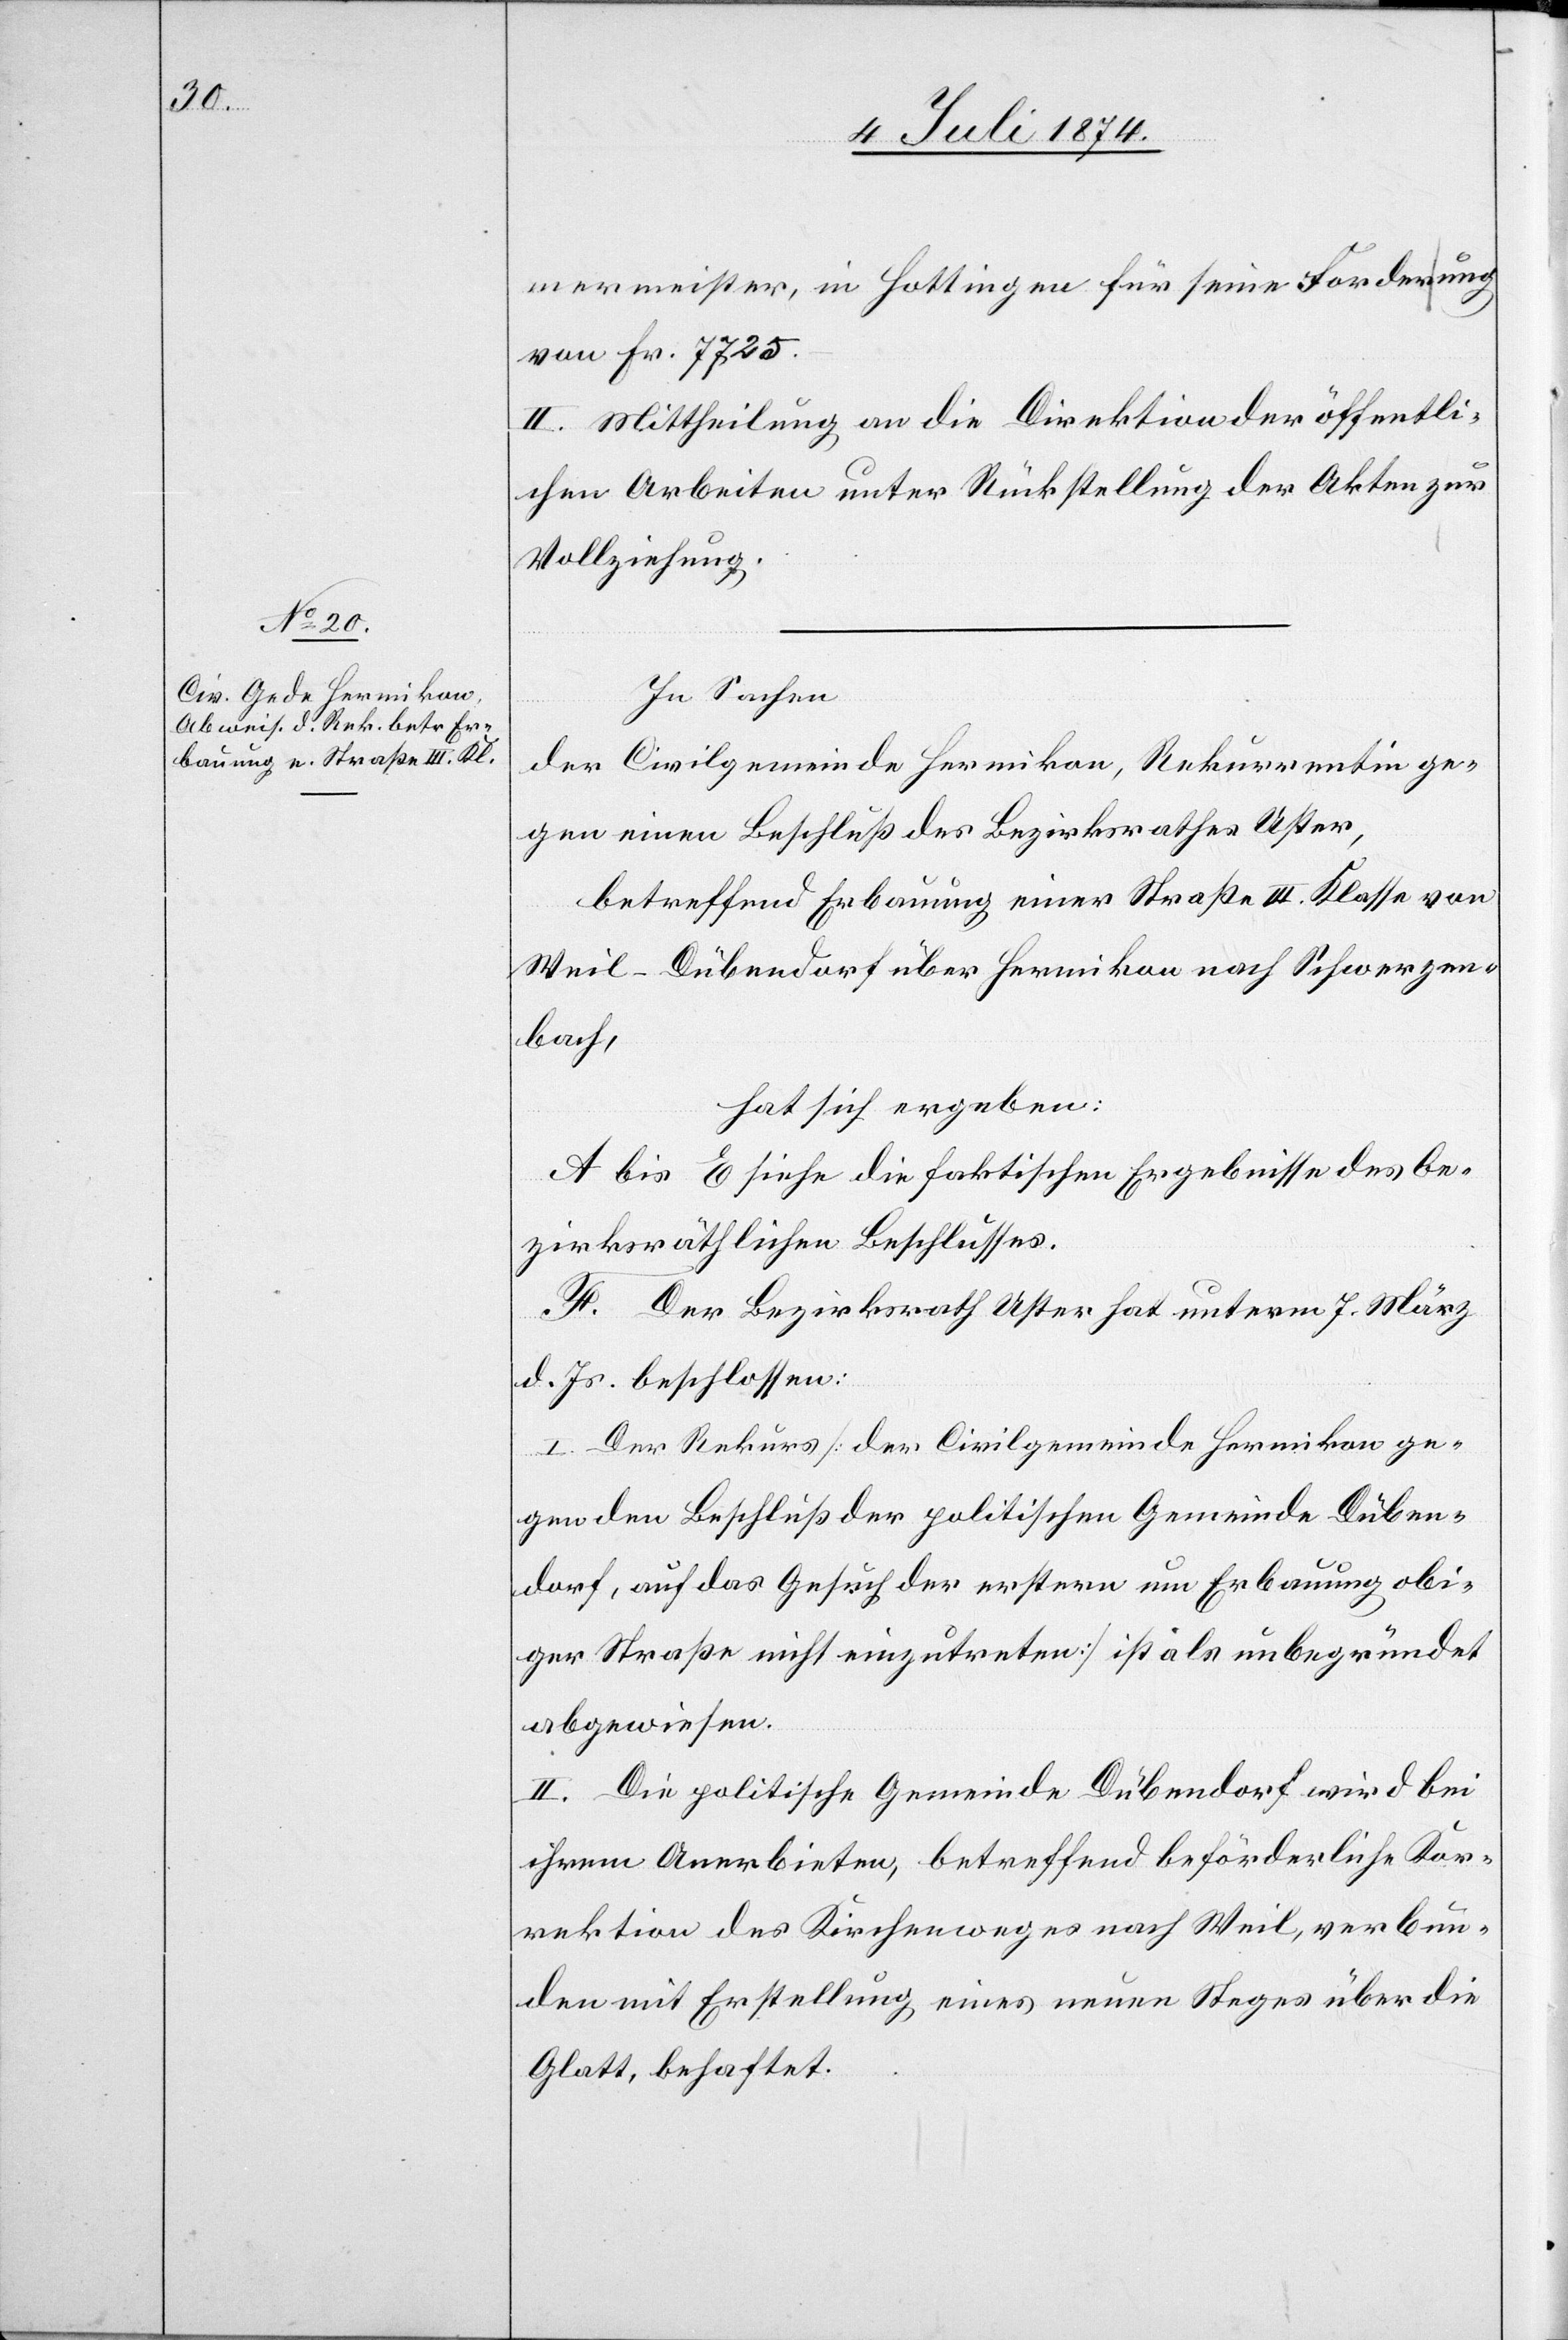
mermeister, in Hottingen für seine Forderung
von Fr. 7725.–
II. Mittheilung an die Direktion der öffentli¬
chen Arbeiten unter Rückstellung der Akten zur
Vollziehung.
In Sachen
der Civilgemeinde Hermikon, Rekurrentin ge¬
gen einen Beschluß des Bezirksrathes Uster,
betreffend Erbauung einer Straße III. Klasse von
Weil-Dübendorf über Hermikon nach Schwerzen¬
bach,
hat sich ergeben:
A. bis E. siehe die faktischen Ergebnisse des be¬
zirksräthlichen Beschlusses.
F. Der Bezirksrath Uster hat unterm 7. März
d. Js. beschlossen:
I. Der Rekurs [der Civilgemeinde Hermikon ge¬
gen den Beschluß der politischen Gemeinde Düben¬
dorf, auf das Gesuch der erstern um Erbauung obi¬
ger Straße nicht einzutreten] ist als unbegründet
abgewiesen.
II. Die politische Gemeinde Dübendorf wird bei
ihrem Anerbieten, betreffend beförderliche Kor¬
rektion des Kirchenweges nach Weil, verbun¬
den mit Erstellung eines neuen Steges über die
Glatt, behaftet.